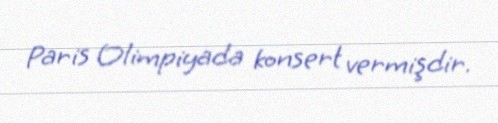
Paris Olimpiyada konsert vermişdir.